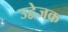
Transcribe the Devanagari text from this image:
उद्वेजक